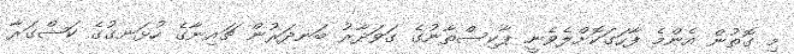
މި ގޮތުން އެންމެ ފާހަގަކޮށްލެވެނީ ޕާކިސްތާނުގެ ގަވަދާރު ބަނދަރުން ޗައިނާގެ ހުޅަނގުގެ ކަޝްގަރާ